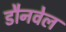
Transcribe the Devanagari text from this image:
डौनवेल